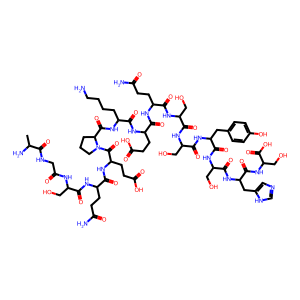
SMILES: CC(N)C(=O)NCC(=O)NC(CO)C(=O)NC(CCC(N)=O)C(=O)NC(CCC(=O)O)C(=O)N1CCCC1C(=O)NC(CCCCN)C(=O)NC(CCC(=O)O)C(=O)NC(CCC(N)=O)C(=O)NC(CO)C(=O)NC(CO)C(=O)NC(Cc1ccc(O)cc1)C(=O)NC(CO)C(=O)NC(Cc1cnc[nH]1)C(=O)NC(CO)C(=O)O
Inhibits HIV replication: No